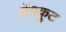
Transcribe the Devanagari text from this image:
सेंगकुट